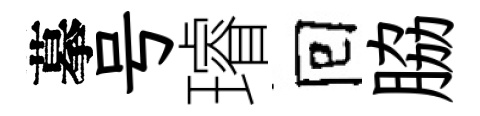
摹号璿囘脇